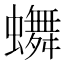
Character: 𬠴